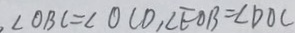
, \angle O B C = \angle O C D , \angle E O B = \angle D O C